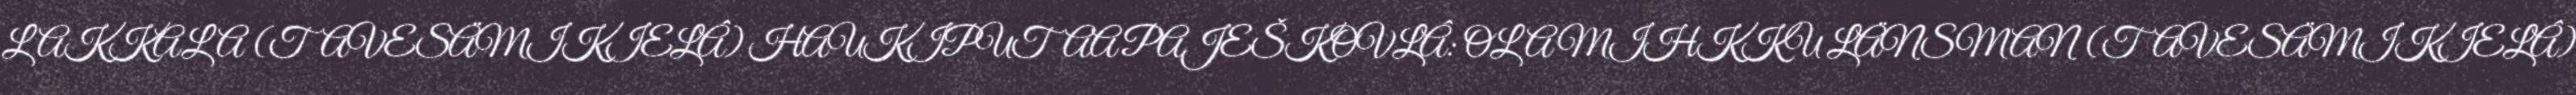
LAKKALA (TAVESÄMIKIELÂ) HAUKIPUTAA PAJEŠKOVLÂ: OLA MIHKKU LÄNSMAN (TAVESÄMIKIELÂ)